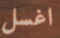
اغسل